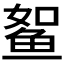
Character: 𱇫